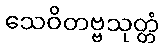
သေဝိတဗ္ဗသုတ္တံ